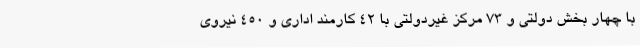
با چهار بخش دولتی و 73 مرکز غیردولتی با 42 کارمند اداری و 450 نیروی